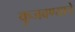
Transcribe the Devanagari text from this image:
कुजवण्याचे